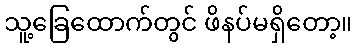
သူ့ခြေထောက်တွင် ဖိနပ်မရှိတော့။